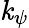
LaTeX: \mathit{k}_{\psi}